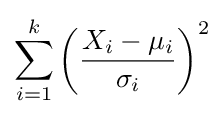
\sum _{i=1}^{k}\left({\frac {X_{i}-\mu _{i}}{\sigma _{i}}}\right)^{2}